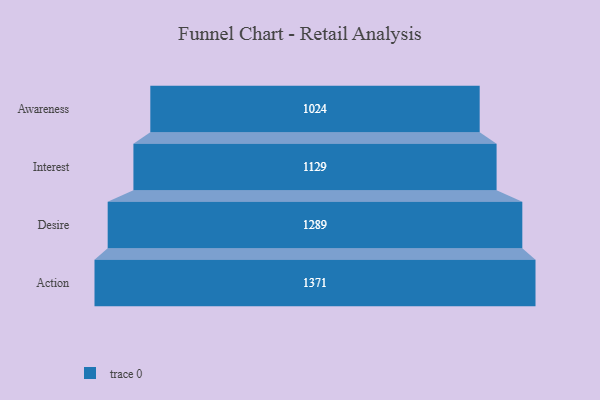
{"axis": {"x": "Stage", "y": "Value"}, "legend": [""], "data": [{"x": "Awareness", "y": 1024.0, "type": ""}, {"x": "Interest", "y": 1129.0, "type": ""}, {"x": "Desire", "y": 1289.0, "type": ""}, {"x": "Action", "y": 1371.0, "type": ""}]}